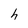
Character: h